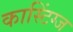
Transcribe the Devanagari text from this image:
कास्टिंग्ज